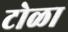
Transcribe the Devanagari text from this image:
टोळा